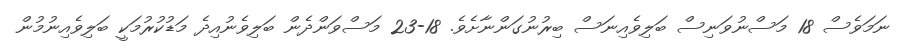
ނަމަވެސް 18 މަސްނުވަނިސް ބަލިވެއިނަސް ބިރުނުގަންނާށެވެ. 18-23 މަސްވަންދެން ބަލިވެނުއިދެ މަޑުކުރުމަކީ ބަލިވެއިނުމުން